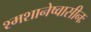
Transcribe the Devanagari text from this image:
श्मशानेष्वासीनः